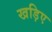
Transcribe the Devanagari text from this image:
खड़िए